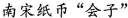
南宋纸币”会子”